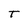
Character: T